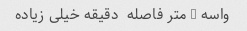
واسه - متر فاصله  دقیقه خیلی زیاده